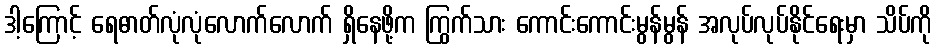
ဒါ့ကြောင့် ရေဓာတ်လုံလုံလောက်လောက် ရှိနေဖို့က ကြွက်သား ကောင်းကောင်းမွန်မွန် အလုပ်လုပ်နိုင်ရေးမှာ သိပ်ကို